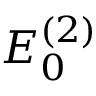
E _ { 0 } ^ { ( 2 ) }